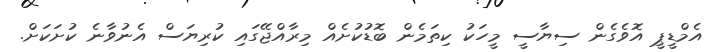
އެމްޑީޕީ އޮވެގެން ސިޔާސީ މީހަކު ކިތަމެން ބޮޑުކުށެއް މިރާއްޖޭގައި ކުރިޔަސް އެނުވާނެ ކުށަކަށް.